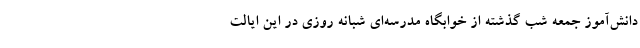
دانش‌آموز جمعه شب گذشته از خوابگاه مدرسه‌ای شبانه روزی در این ایالت